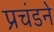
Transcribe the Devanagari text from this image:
प्रचंडने